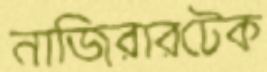
নাজিরারটেক